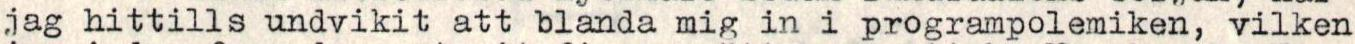
jag hittills undvikit att blanda mig in i programpolemiken, vilken